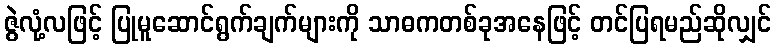
ဇွဲလုံ့လဖြင့် ပြုမူဆောင်ရွက်ချက်များကို သာဓကတစ်ခုအနေဖြင့် တင်ပြရမည်ဆိုလျှင်